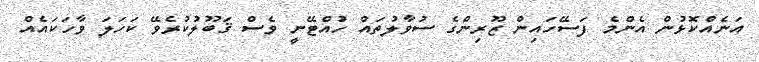
އަނެއްކޮޅުން އެންމެ ފަސޭހައިން ޒޫރިންގެ ސުވާލުތައް ހުއްޓޭނީ ވެސް ޤަބޫލުކުރެވޭ ކަހަލަ ވާހަކައެއް